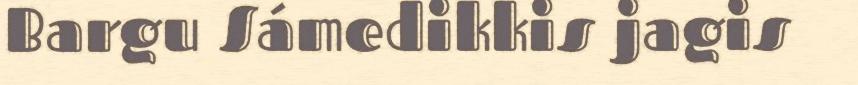
Bargu Sámedikkis jagis